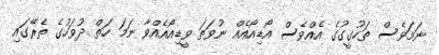
ނަމަވެސް ތަހުގީގުގެ އެއްވެސް އޯޑިއޯއެއް ނުވަތަ ވީޑިއޯއެއްވާ ނަމަ ހަތް ދުވަހުގެ ތެރޭގައި